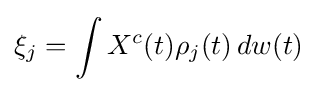
\xi _{j}=\int X^{c}(t)\rho _{j}(t)\,dw(t)